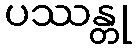
ပဿန္တု